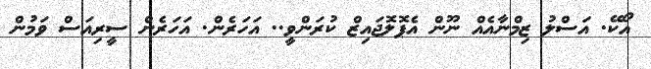
އޯކޭ. އަސްލު ޒިމްނާއެއް ނޫން އެޕޮލޮޖައިޒް ކުރަންވީ.. އަހަރެން. އަހަރެން ސީރިއަސް ވަމުން